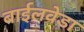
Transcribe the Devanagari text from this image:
बाईलवेडा